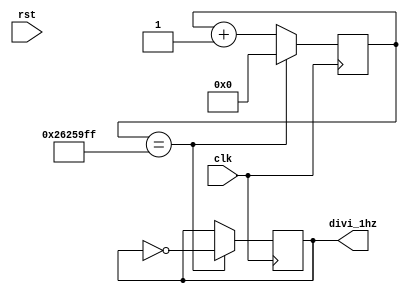
module divclk(
input clk,
input rst,
output divi_1hz
);
reg divi;
 reg [31:0] count_reg1; //25
  always@(posedge clk)
    if(count_reg1==32'd39999999) //50Mhz / 5hz/ 2 - 1
      begin
        divi <= ~ divi; //
        count_reg1 <= 32'd0; //
      end
    else
      begin 
        count_reg1 <= count_reg1 + 32'd1;
      end
assign divi_1hz=divi;
endmodule